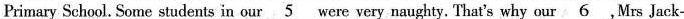
Primary School. Some students in our\underline{5} were very naughty. That's why our\underline{6}, Mrs Jack-